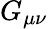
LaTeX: G_{\mu\nu}